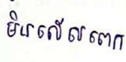
មិនលើសពេក